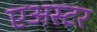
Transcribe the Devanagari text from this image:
एअस्टर